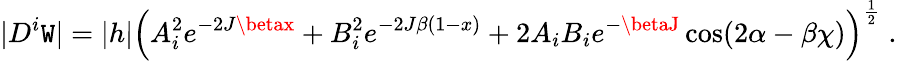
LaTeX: |D^{i}\mathtt{W}|=|h|\Big(A_{i}^{2}e^{-2J\betax}+B_{i}^{2}e^{-2J\beta(1-x)}+2A_{i}B_{i}e^{-\betaJ}\cos(2\alpha-\beta\chi)\Big)^{\frac{{1}}{{2}}}\; .